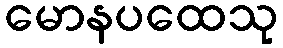
မောနပထေသု